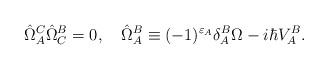
LaTeX: \begin{align*}\hat{\Omega}_A^C\hat{\Omega}_C^B=0,\quad\hat{\Omega}_A^B\equiv(-1)^{\varepsilon_A}\delta^B_A\Omega-i\hbar V^B_A.\end{align*}